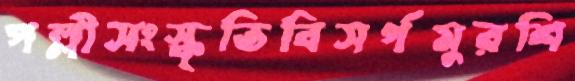
পল্লীসংস্কৃতিবিসর্গমুরশি